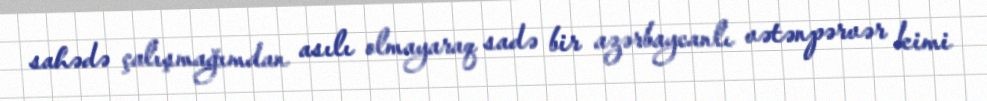
sahədə çalışmağımdan asılı olmayaraq sadə bir azərbaycanlı vətənpərvər kimi